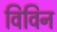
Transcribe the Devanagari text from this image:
विविन